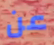
عن